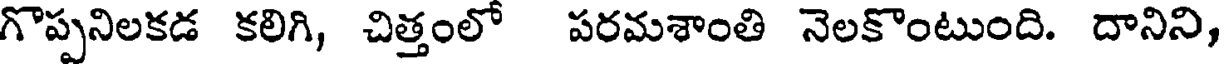
గొప్పనిలకడ కలిగి, చిత్తంలో పరమశాంతి నెలకొంటుంది. దానిని,